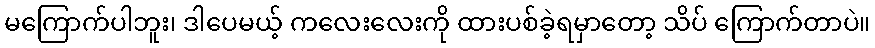
မကြောက်ပါဘူး၊ ဒါပေမယ့် ကလေးလေးကို ထားပစ်ခဲ့ရမှာတော့ သိပ် ကြောက်တာပဲ။